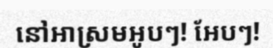
នៅអាស្រមអូបៗ! អែបៗ!